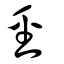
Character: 巠